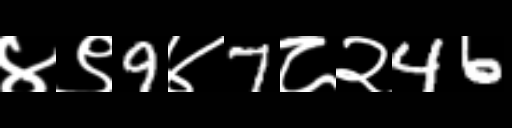
Text: ४९9४7८२46